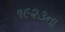
૧૯૨૩ના